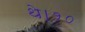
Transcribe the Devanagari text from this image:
थे।१०